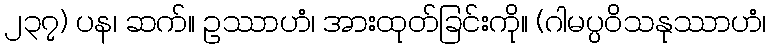
၂၃၇) ပန၊ ဆက်။ ဥဿာဟံ၊ အားထုတ်ခြင်းကို။ (ဂါမပ္ပဝိသနုဿာဟံ၊